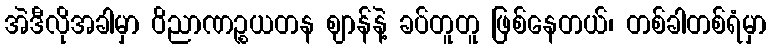
အဲဒီလိုအခါမှာ ဝိညာဏဉ္စယတန ဈာန်နဲ့ ခပ်တူတူ ဖြစ်နေတယ်၊ တစ်ခါတစ်ရံမှာ